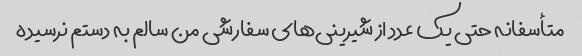
متأسفانه حتی یک عدد از شیرینی‌های سفارشی من سالم به دستم نرسیده